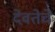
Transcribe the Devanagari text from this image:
देवतेचें